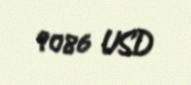
9086 USD